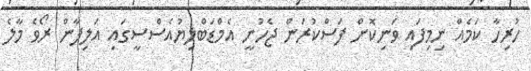
ހުރިހާ ކަމެއް ނިމިފައި ވަނިކޮށް ފަސްކުރަން ޖެހުނީ އެމްޑަބްލިޔުއެސްސީގައި އަލިފާން ރޯވެ މާލެ